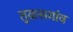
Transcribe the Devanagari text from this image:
तुळसगांव